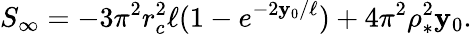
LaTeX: S_{\infty}=-3\pi^{2}r_{c}^{2}\ell(1-e^{-2\mathbf{y}_{0}/\ell})+4\pi^{2}\rho_{*}^{2}\mathbf{y}_{0}.